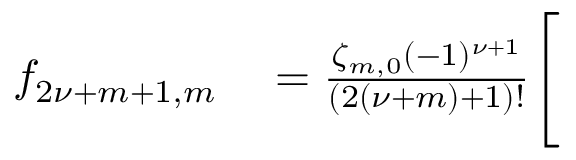
\begin{array} { r l } { f _ { 2 { \nu } + m + 1 , m } } & { { } = \frac { \zeta _ { m , 0 } ( - 1 ) ^ { { \nu } + 1 } } { ( 2 ( { \nu } + m ) + 1 ) ! } \Bigg [ } \end{array}